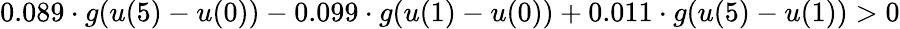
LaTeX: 0.089\cdot g(u(5)-u(0))-0.099\cdot g(u(1)-u(0))+0.011\cdot g(u(5)-u(1))>0